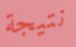
نتيجة